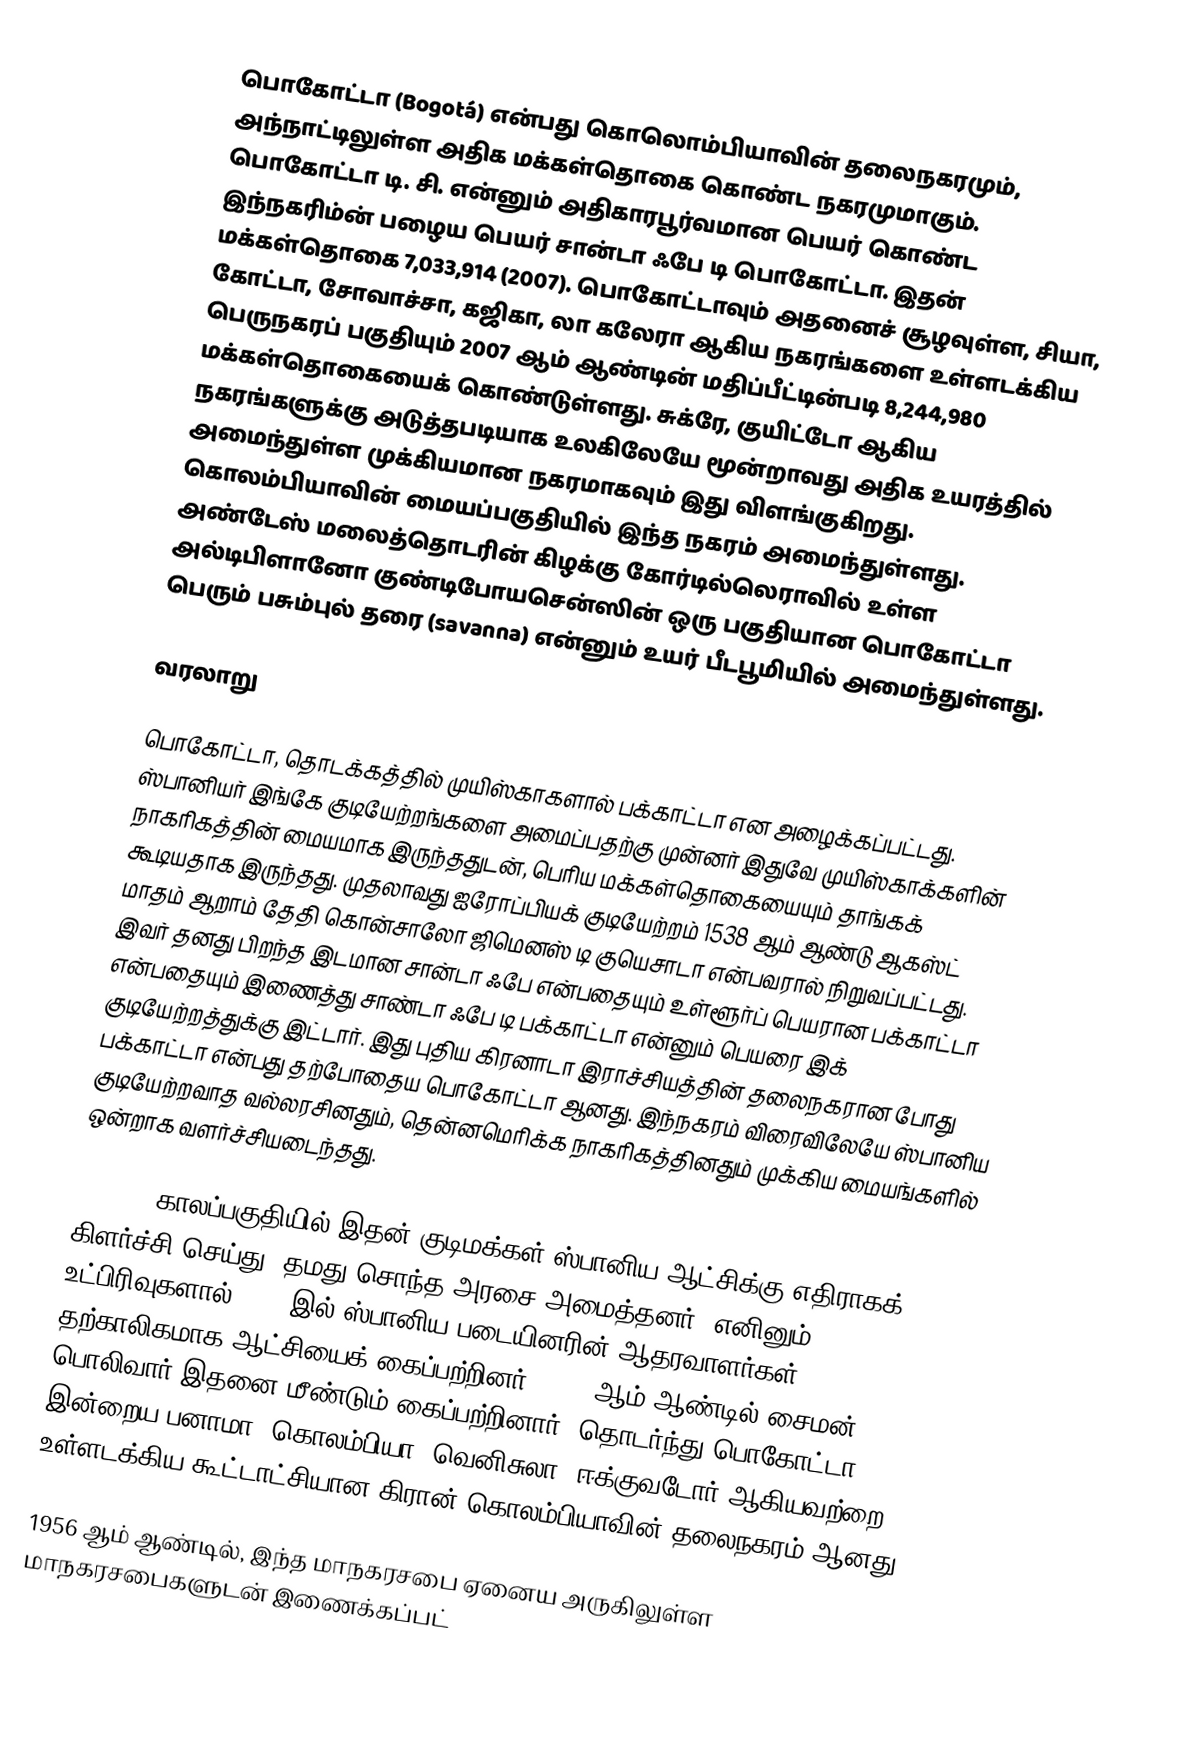
பொகோட்டா (Bogotá) என்பது கொலொம்பியாவின் தலைநகரமும், அந்நாட்டிலுள்ள அதிக மக்கள்தொகை கொண்ட நகரமுமாகும். பொகோட்டா டி. சி. என்னும் அதிகாரபூர்வமான பெயர் கொண்ட இந்நகரிம்ன் பழைய பெயர் சான்டா ஃபே டி பொகோட்டா. இதன் மக்கள்தொகை 7,033,914 (2007). பொகோட்டாவும் அதனைச் சூழவுள்ள, சியா, கோட்டா, சோவாச்சா, கஜிகா, லா கலேரா ஆகிய நகரங்களை உள்ளடக்கிய பெருநகரப் பகுதியும் 2007 ஆம் ஆண்டின் மதிப்பீட்டின்படி 8,244,980 மக்கள்தொகையைக் கொண்டுள்ளது. சுக்ரே, குயிட்டோ ஆகிய நகரங்களுக்கு அடுத்தபடியாக உலகிலேயே மூன்றாவது அதிக உயரத்தில் அமைந்துள்ள முக்கியமான நகரமாகவும் இது விளங்குகிறது. கொலம்பியாவின் மையப்பகுதியில் இந்த நகரம் அமைந்துள்ளது. அண்டேஸ் மலைத்தொடரின் கிழக்கு கோர்டில்லெராவில் உள்ள அல்டிபிளானோ குண்டிபோயசென்ஸின் ஒரு பகுதியான பொகோட்டா பெரும் பசும்புல் தரை (savanna) என்னும் உயர் பீடபூமியில் அமைந்துள்ளது.

வரலாறு

பொகோட்டா, தொடக்கத்தில் முயிஸ்காகளால் பக்காட்டா என அழைக்கப்பட்டது. ஸ்பானியர் இங்கே குடியேற்றங்களை அமைப்பதற்கு முன்னர் இதுவே முயிஸ்காக்களின் நாகரிகத்தின் மையமாக இருந்ததுடன், பெரிய மக்கள்தொகையையும் தாங்கக் கூடியதாக இருந்தது. முதலாவது ஐரோப்பியக் குடியேற்றம் 1538 ஆம் ஆண்டு ஆகஸ்ட் மாதம் ஆறாம் தேதி கொன்சாலோ ஜிமெனஸ் டி குயெசாடா என்பவரால் நிறுவப்பட்டது. இவர் தனது பிறந்த இடமான சான்டா ஃபே என்பதையும் உள்ளூர்ப் பெயரான பக்காட்டா என்பதையும் இணைத்து சாண்டா ஃபே டி பக்காட்டா என்னும் பெயரை இக் குடியேற்றத்துக்கு இட்டார். இது புதிய கிரனாடா இராச்சியத்தின் தலைநகரான போது பக்காட்டா என்பது தற்போதைய பொகோட்டா ஆனது. இந்நகரம் விரைவிலேயே ஸ்பானிய குடியேற்றவாத வல்லரசினதும், தென்னமெரிக்க நாகரிகத்தினதும் முக்கிய மையங்களில் ஒன்றாக வளர்ச்சியடைந்தது.

1810-11 காலப்பகுதியில் இதன் குடிமக்கள் ஸ்பானிய ஆட்சிக்கு எதிராகக் கிளர்ச்சி செய்து, தமது சொந்த அரசை அமைத்தனர். எனினும், உட்பிரிவுகளால் 1816 இல் ஸ்பானிய படையினரின் ஆதரவாளர்கள் தற்காலிகமாக ஆட்சியைக் கைப்பற்றினர். 1819 ஆம் ஆண்டில் சைமன் பொலிவார் இதனை மீண்டும் கைப்பற்றினார். தொடர்ந்து பொகோட்டா; இன்றைய பனாமா, கொலம்பியா, வெனிசுலா, ஈக்குவடோர் ஆகியவற்றை உள்ளடக்கிய கூட்டாட்சியான கிரான் கொலம்பியாவின் தலைநகரம் ஆனது.

1956 ஆம் ஆண்டில், இந்த மாநகரசபை ஏனைய அருகிலுள்ள மாநகரசபைகளுடன் இணைக்கப்பட்